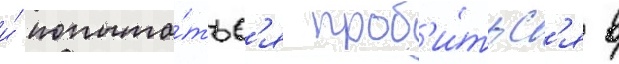
и́ попыта́тьс'я проб'и́тьс'я в